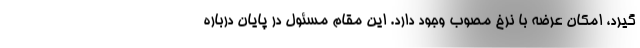
گیرد، امکان عرضه با نرخ مصوب وجود دارد. این مقام مسئول در پایان درباره